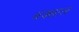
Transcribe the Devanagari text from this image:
बक्साल